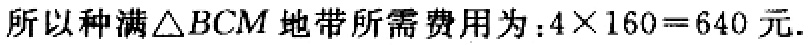
所以种满\(\triangle BCM\)地带所需费用为：\(4\times160 = 640\)元.